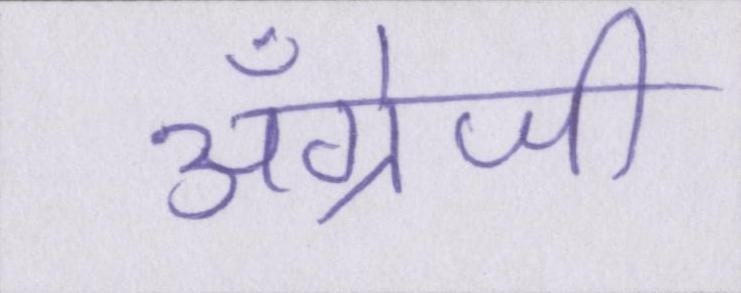
अँग्रेजी